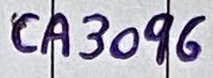
Text: CA3096